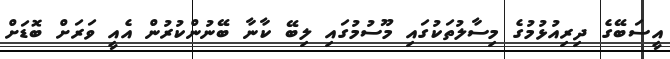
އީސަބޭގެ ދިރިއުޅުމުގެ މިސާލުތަކުގައި މޫސުމުގައި ލިބޭ ކާނާ ބޭނުންކުރުން އެއީ ވަރަށް ބޮޑަށް